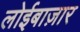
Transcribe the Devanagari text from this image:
लोईबाज़ार